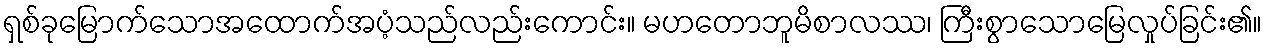
ရှစ်ခုမြောက်သောအထောက်အပံ့သည်လည်းကောင်း။ မဟတောဘူမိစာလဿ၊ ကြီးစွာသောမြေလှုပ်ခြင်း၏။